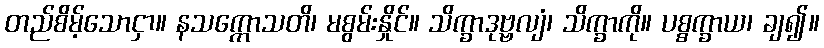
တည်စိမ့်သောငှာ။ နသက္ကောသတိ၊ မစွမ်းနှိုင်။ သိက္ခာဒုဗ္ဗလျံ၊ သိက္ခာကို။ ပစ္စက္ခာယ၊ ချ၍။